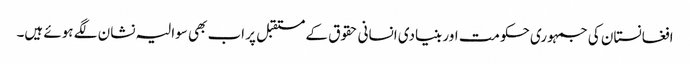
افغانستان کی جمہوری حکومت اور بنیادی انسانی حقوق کے مستقبل پر اب بھی سوالیہ نشان لگے ہوئے ہیں۔